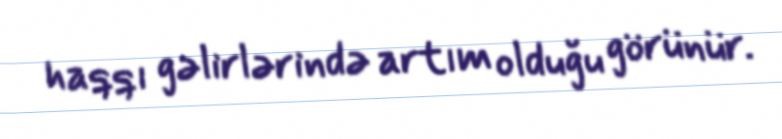
haqqı gəlirlərində artım olduğu görünür.